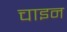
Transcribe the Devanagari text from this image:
चाइन